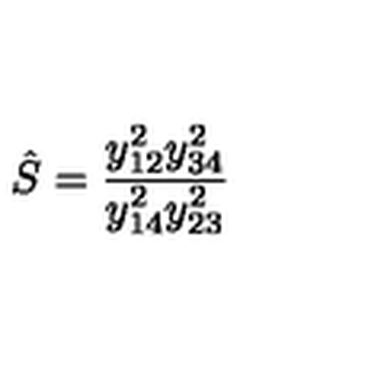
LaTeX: \hat { S } = { \frac { y _ { 1 2 } ^ { 2 } y _ { 3 4 } ^ { 2 } } { y _ { 1 4 } ^ { 2 } y _ { 2 3 } ^ { 2 } } }